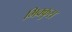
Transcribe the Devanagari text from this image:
भिक्कुस